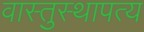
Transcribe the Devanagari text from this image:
वास्तुस्थापत्य